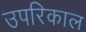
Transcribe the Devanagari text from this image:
उपरिकाल